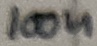
Text: 100n